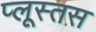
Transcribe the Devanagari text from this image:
प्लूस्तस